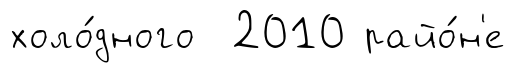
холо́дного 2010 райо́н'е